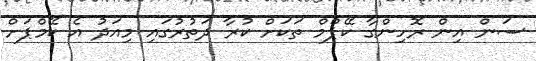
ސަން އިން ރޮހިންގާ ކޭޕްމް ތަކަށް ކުރާ ދަތުރުގައި މިއަދު އެ ކޭމްޕަށް